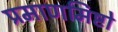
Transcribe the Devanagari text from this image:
प्रमाणमिष्टो